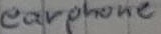
Text: earphone